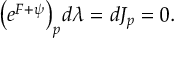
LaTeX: \big ( e ^ { \cal F + \psi } \big ) _ { p } d \lambda = d J _ { p } = 0 .